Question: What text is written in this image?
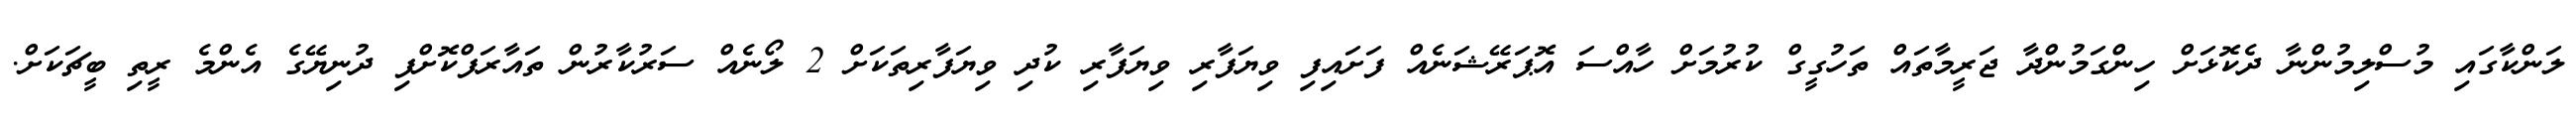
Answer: ލަންކާގައި މުސްލިމުންނާ ދެކޮޅަށް ހިންގަމުންދާ ޖަރީމާތައް ތަހުގީގް ކުރުމަށް ހާއްސަ އޮޕަރޭޝަނެއް ފަށައިފި ވިޔަފާރި ވިޔަފާރި ކުދި ވިޔަފާރިތަކަށް 2 ލޯނެއް ސަރުކާރުން ތައާރަފްކޮށްފި ދުނިޔޭގެ އެންމެ ރީތި ބީޗަކަށް.